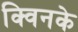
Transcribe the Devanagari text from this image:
क्विनके